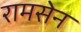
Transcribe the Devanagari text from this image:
रामसेन